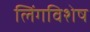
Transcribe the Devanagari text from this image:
लिंगविशेष